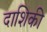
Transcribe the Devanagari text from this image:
दाशिकी